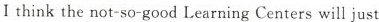
Ithink the not-so-good Learning Centers will just